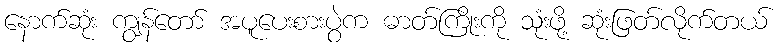
နောက်ဆုံး ကျွန်တော် အပူပေးစားပွဲက ဓာတ်ကြိုးကို သုံးဖို့ ဆုံးဖြတ်လိုက်တယ်